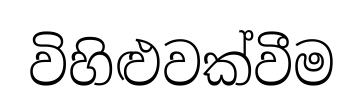
විහිළුවක්වීම